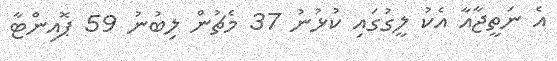
އެ ނަތީޖާއާ އެކު ލީގުގައި ކުޅުނު 37 މެޗުން ލިބުނު 59 ޕޮއިންޓާ